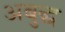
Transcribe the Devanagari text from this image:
अबुद्ध